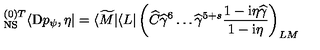
{ } _ { \mathrm { N S } } ^ { ( 0 ) T } \langle \mathrm { D } p _ { \psi } , \eta | = \langle \widetilde M | \langle L | \left( \widehat C { \widehat { \gamma } } ^ { 6 } \dots { \widehat { \gamma } } ^ { 5 + s } \frac { 1 - \mathrm { i } \eta \widehat \gamma } { 1 - \mathrm { i } \eta } \right) _ { L M }